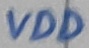
Text: VDD